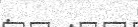
: